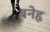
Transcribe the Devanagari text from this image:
बनेहृ